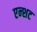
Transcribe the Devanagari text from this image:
एन्शट